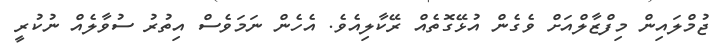
ޖުމްލައިން މިފްޒާލްއަށް ވެގެން އުޅޭގޮތެއް ރޭކާލިއެވެ. އެހެން ނަމަވެސް އިތުރު ސުވާލެއް ނުކުރީ